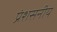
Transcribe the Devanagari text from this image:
प्रंशसनीय